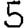
Digit: 5